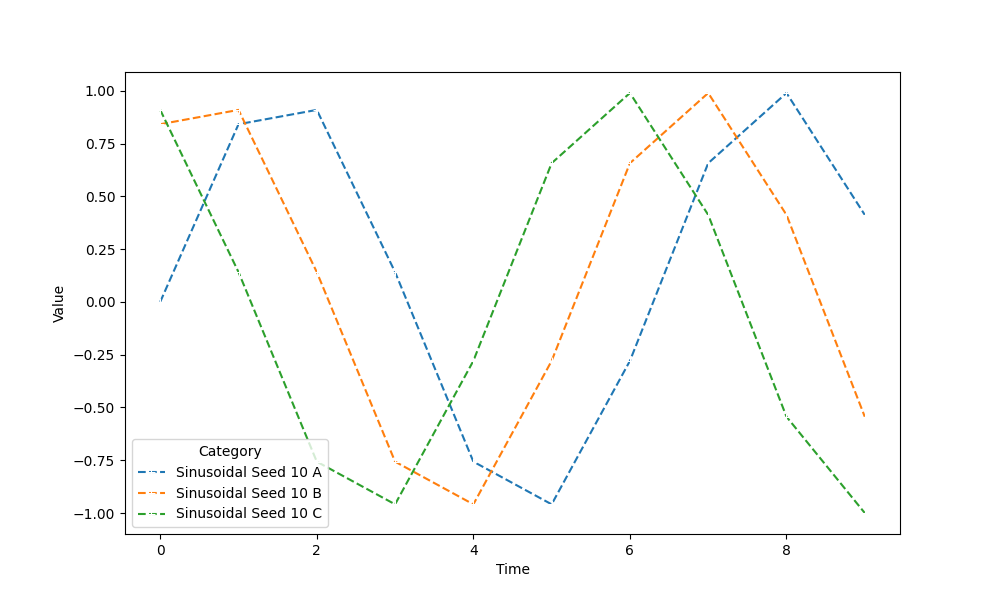
python, seaborn, lineplot, style='dashed', marker='+'